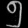
Digit: ၅